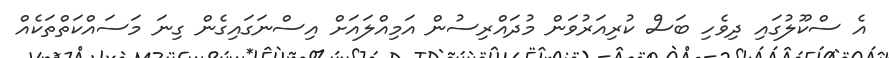
އެ ސްކޫލުގައި ދިވެހި ބަސް ކުރިއަރުވަން މުދައްރިސުން އަމިއްލައަށް އިސްނަގައިގެން ގިނަ މަސައްކަތްތަކެއް